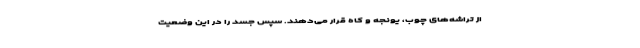
از تراشه‌های چوب، یونجه و کاه قرار می‌دهند. سپس جسد را در این وضعیت